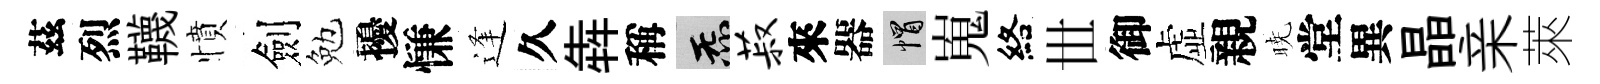
茲烈韈憤劍勉擾慊逢久犇稱炁菽來器帽嵬絡𠀍御虚親暁堂異晶亲萊